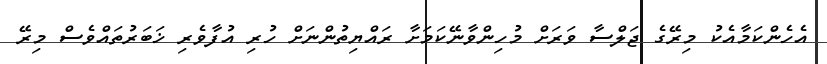
އެހެންކަމާއެކު މިރޭގެ ޖަލްސާ ވަރަށް މުހިންވާނޭކަމަށާ ރައްޔިތުންނަށް ހުރި އުފާވެރި ޚަބަރުތައްވެސް މިރޭ